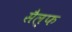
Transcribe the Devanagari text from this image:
सैल्फ